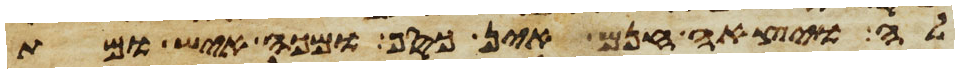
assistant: לה ויצאה חנם אין כסף מכה איש ומת